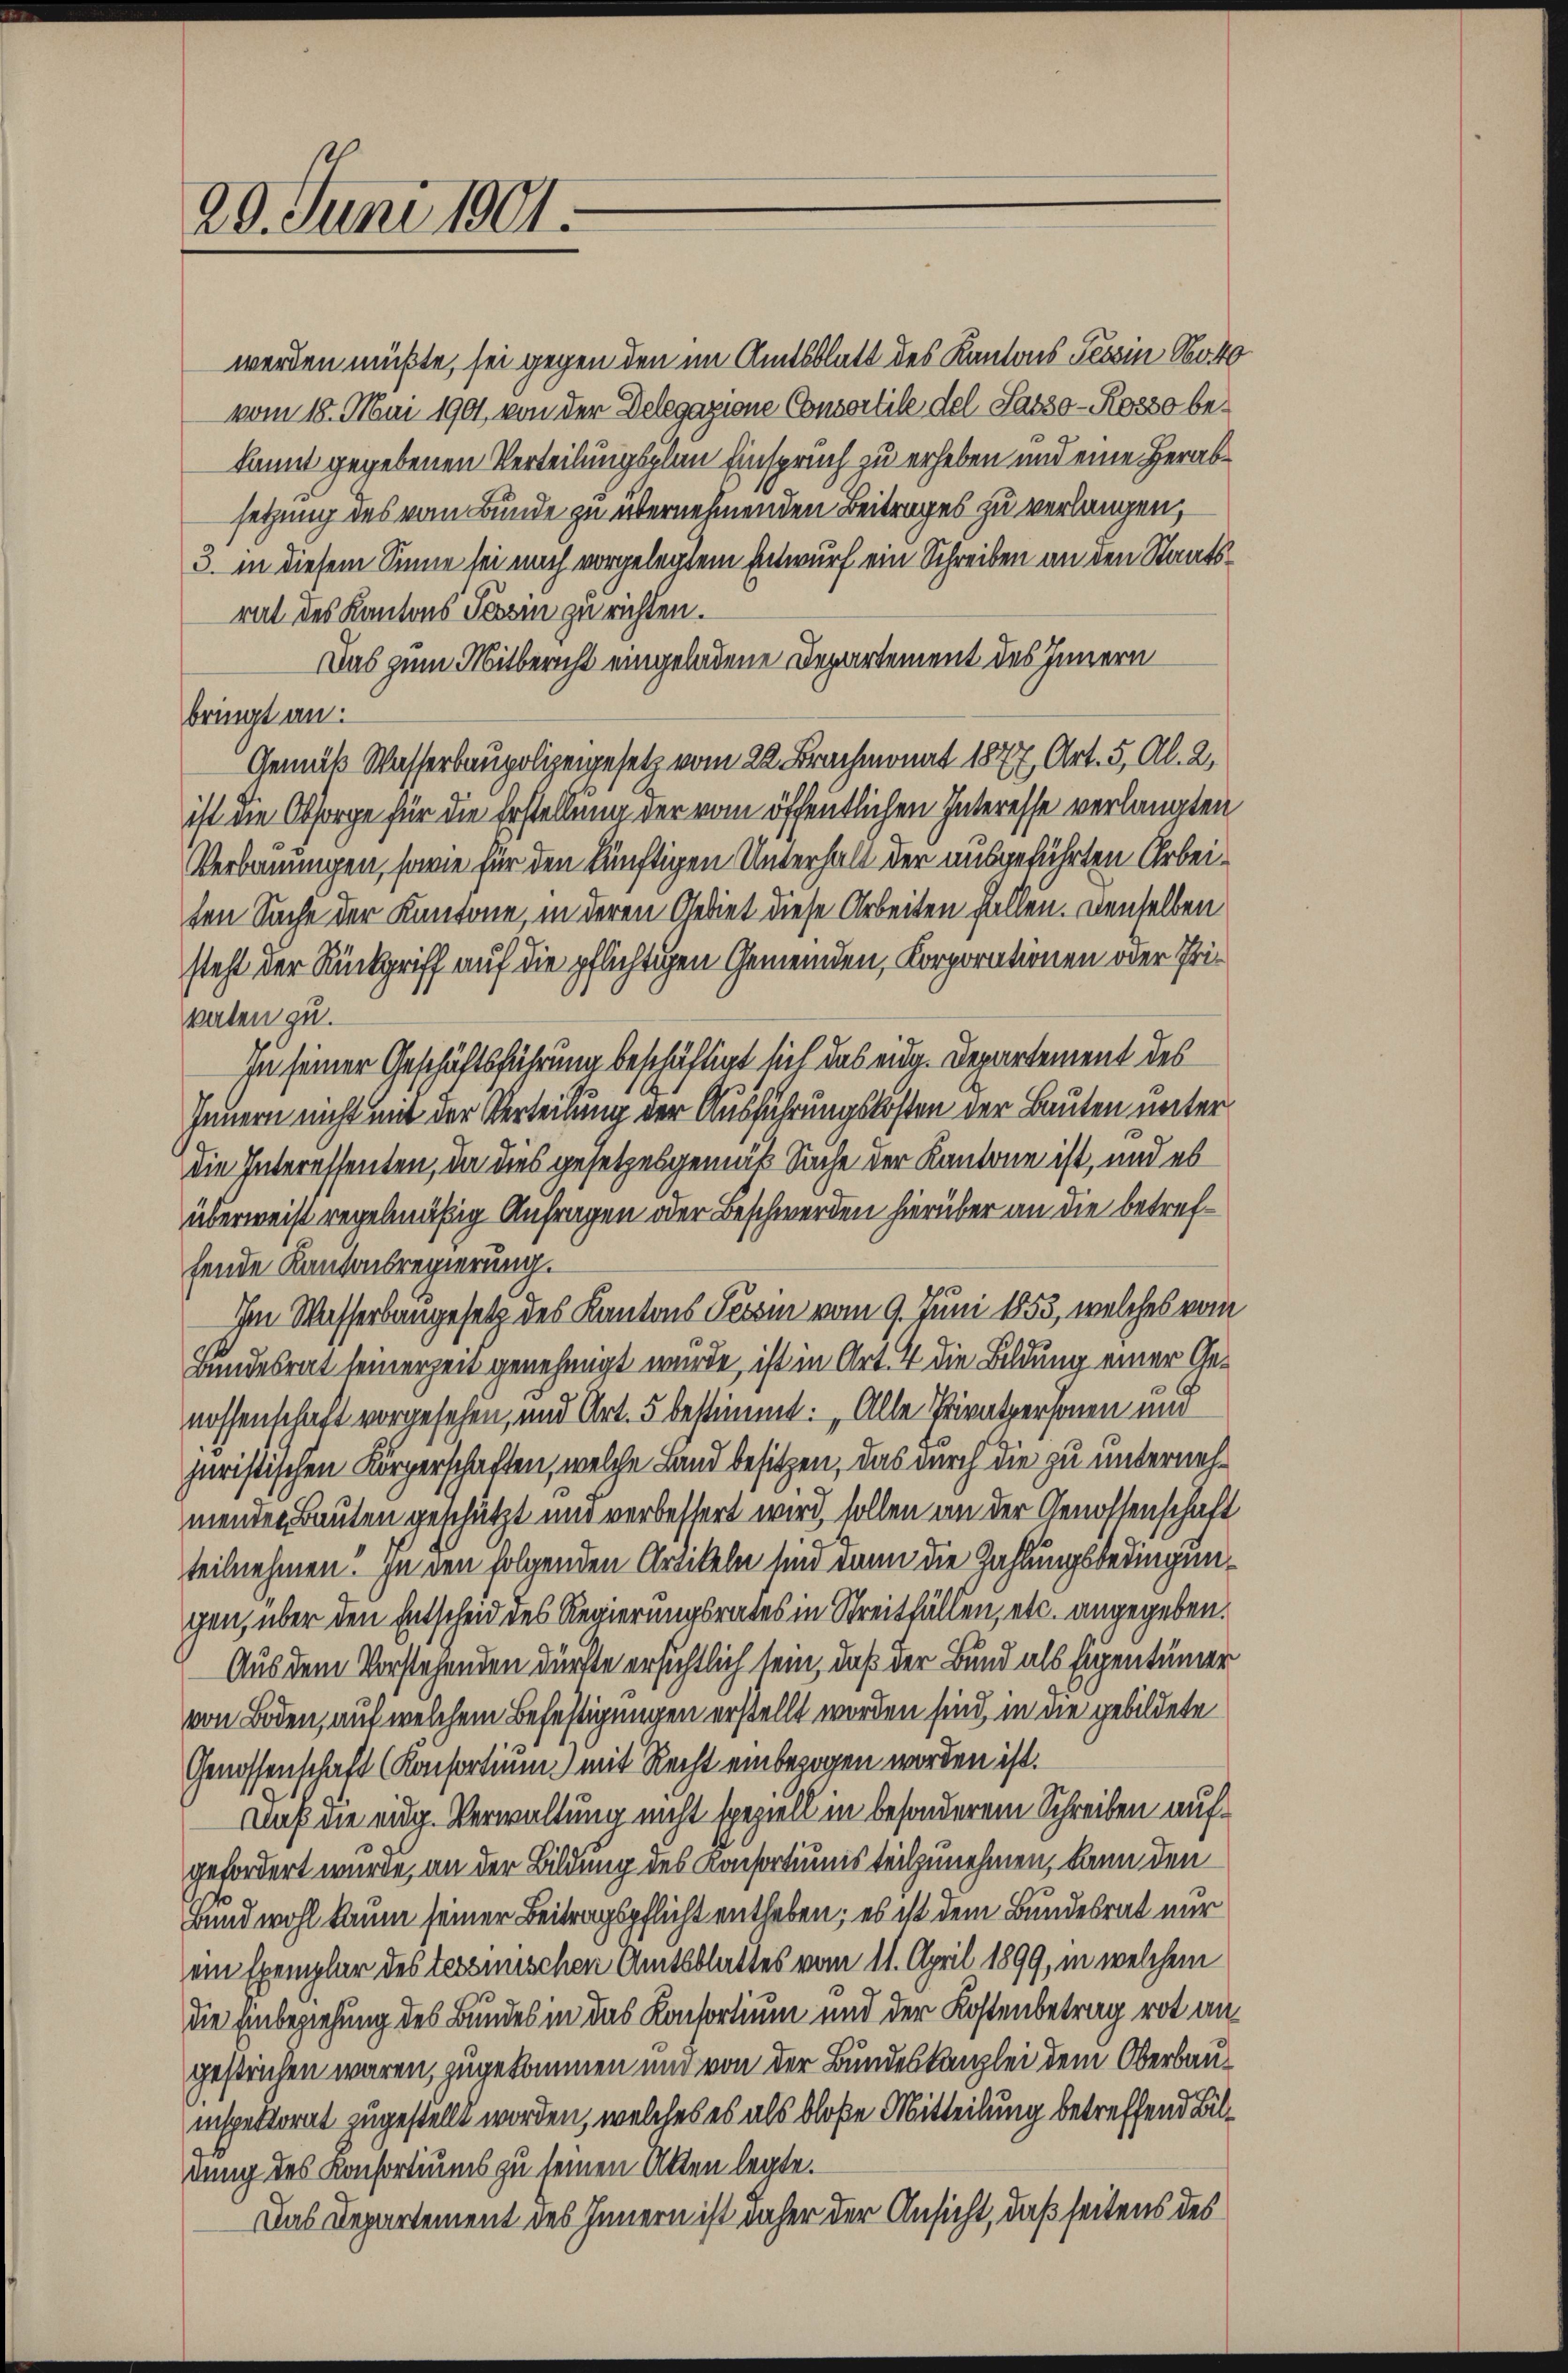
20. Juni 1901.

werden müßte, sei gegen den im Amtsblatt des Kantons Tessin No 40
vom 18. Mai 1901, von der Delegazione Consortile del Sasso - Rosso bekannt gegebenen Verteilungsplan Einspruch zu erheben und eine Herabsetzung des vom Bunde zu übernehmenden Beitrages zu verlangen,
3. in diesem Sinne sei mich vorgelegtem Entwurf ein Schreiben an den Staatsrat des Kantons Tessin zu richten.
Das zum Mitbericht eingeladene Departement des Innern
bringt an.
Gemäß Wasserbaupolizeigesetz vom 22. Brachmonat 1877, Art. 5, Al. 2,
ist die Obsorge für die Erstellung der vom öffentlichen Interesse verlangten
Verbauungen, sowie für den künftigen Unterhalt der ausgeführten Arbeiten Sache der Kantone, in deren Gebiet diese Arbeiten fallen. Denselben
steht der Rückgriff auf die pflichtigen Gemeinden, Korporationen oder Prikaten zu.
In seiner Geschäftsführung beschäftigt sich das eidg. Departement des
Innern nicht mit der Verteilung der Ausführungskosten der Bauten unter
Die Interessenten, da dies gesetzes gemäß Sache der Kantone ist, und es
überweist regelmäßig Anfragen oder Beschwerden hierüber an die betreffende Kantonsregierung.
Ihm Wasserbaugesetz des Kantons Tessin vom 9. Juni 1853, welches vom
Bundesrat seinerzeit genehmigt wurde, ist in Art. 4 die Bildung einer Genossenschaft vorgesehen, und Art. 5 bestimmt: „Alle Privatpersonen und
juristischen Körperschaften, welche Land besitzen, das durch die zu unternehmenden Bauten geschützt und verbessert wird, sollen an der Genossenschaft
teilnehmen. In den folgenden Artikeln sind dann die Zahlungsbedingunchen, über den Entscheid des Regierungsrates in Streitfällen, etc. angegeben.
Aus dem Vorstehenden dürfte ersichtlich sein, daß der Bund als Eigentümer
von Boden, auf welchem Befestigungen erstellt worden sind, in die gebildete
Genossenschaft (Konsortium mit Recht einbezogen worden ist.
Daß die eidg. Verwaltung nicht speziell in besonderem Schreiben auf
gefordert wurde, an der Bildung des Konsortiums teilzunehmen, kann den
Bund wohl kaum seiner Beitragspflicht entheben; es ist dem Bundesrat nur
ein Exemplar des tessinischen Amtsblattes vom 11. April 1899, in welchem
die Einbeziehung des Bundes in das Kontortium und der Kostenbetrag rot angestrichen waren, zugekommen und von der Bundeskanzlei dem Oberbauinspektorat zugestellt worden, welches es als bloße Mitteilung betreffend Bildung des Konsortiums zu seinen Akten legte.
Das Departement des Innern ist daher der Ansicht, daß seitens des